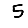
Digit: 5